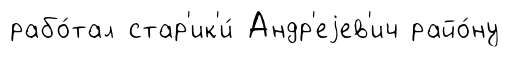
рабо́тал стар'ик'и́ Андр'еjев'ич райо́ну